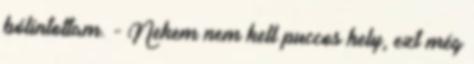
bólintottam. - Nekem nem kell puccos hely, ezt még